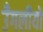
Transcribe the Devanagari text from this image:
उँगलीयों